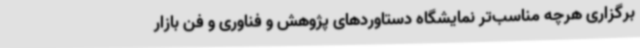
برگزاری هرچه مناسب‌تر نمایشگاه دستاوردهای پژوهش و فناوری و فن بازار